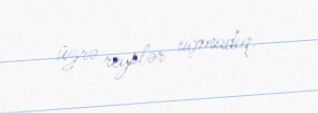
üzrə reyslər açmadıq.